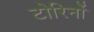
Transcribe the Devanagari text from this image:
टोरिनों